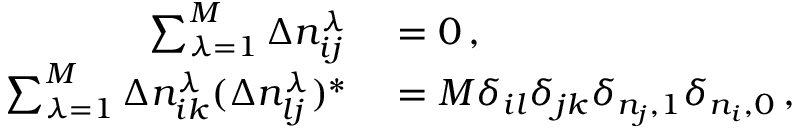
\begin{array} { r l } { \sum _ { \lambda = 1 } ^ { M } \Delta n _ { i j } ^ { \lambda } } & { { } = 0 \, , } \\ { \sum _ { \lambda = 1 } ^ { M } \Delta n _ { i k } ^ { \lambda } ( \Delta n _ { l j } ^ { \lambda } ) ^ { * } } & { { } = M \delta _ { i l } \delta _ { j k } \delta _ { n _ { j } , 1 } \delta _ { n _ { i } , 0 } \, , } \end{array}